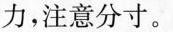
力，注意分寸。